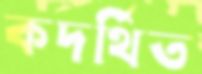
কদর্থিত